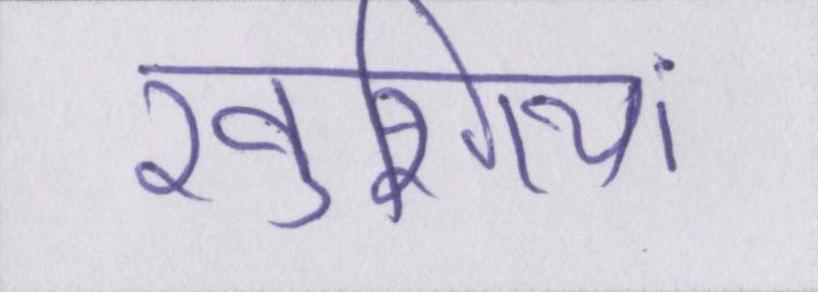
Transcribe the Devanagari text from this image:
खुशियां